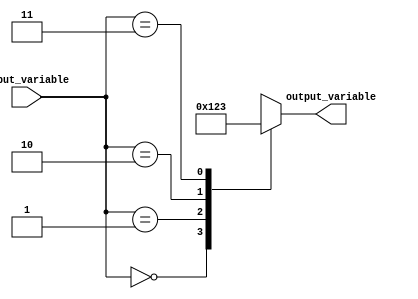
module behavioral_modeling (
    input [1:0] input_variable,
    output reg [3:0] output_variable
);

always @*
begin
    case(input_variable)
        2'b00: output_variable = 4'b0000;
        2'b01: output_variable = 4'b0001;
        2'b10: output_variable = 4'b0010;
        2'b11: output_variable = 4'b0011;
        default: output_variable = 4'b1111;
    endcase
end

endmodule